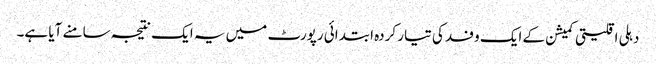
دہلی اقلیتی کمیشن کے ایک وفد کی تیار کردہ ابتدائی رپورٹ میں یہ ایک نتیجہ سامنے آیا ہے۔